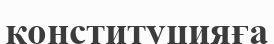
конституцияға